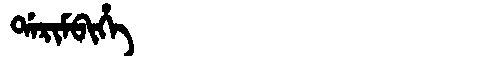
Manchu: ᡩᠠᡵᡳᠮᠪᡳᡥᡝ
Romanization: DARIMBIHE